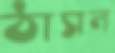
ঠাসল